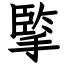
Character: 𢱯